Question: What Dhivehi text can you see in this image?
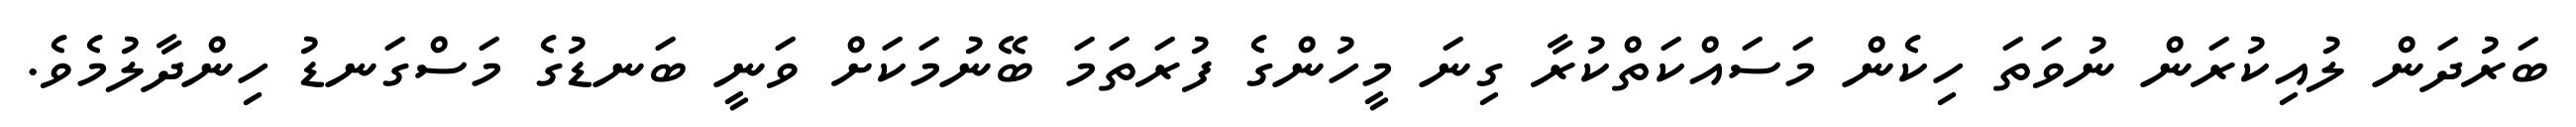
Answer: ބަރުދަން ލުއިކުރަން ނުވަތަ ހިކެން މަސައްކަތްކުރާ ގިނަ މީހުންގެ ފުރަތަމަ ބޭނުމަކަށް ވަނީ ބަނޑުގެ މަސްގަނޑު ހިންދާލުމެވެ.